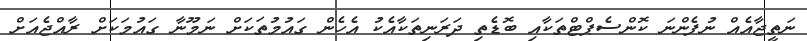
ނަތީޖާއެއް ނުފެންނަ ކޮންސެޕްޓްތަކާއި ބޮޑެތި ދަރަނިތަކާއެކު އެހެން ގައުމުތަކަށް ނަމޫނާ ގައުމަކަށް ރާއްޖެއަށް